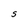
Character: S